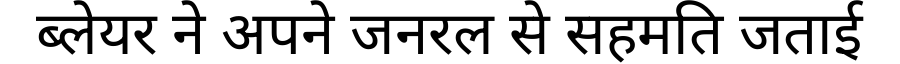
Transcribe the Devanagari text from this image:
ब्लेयर ने अपने जनरल से सहमति जताई